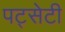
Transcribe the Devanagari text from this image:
पट्सेटी